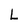
Character: L